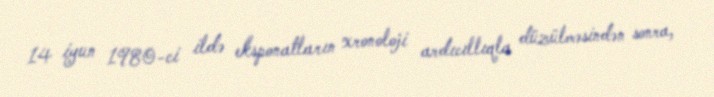
14 iyun 1980-ci ildə eksponatların xronoloji ardıcıllıqla düzülməsindən sonra,